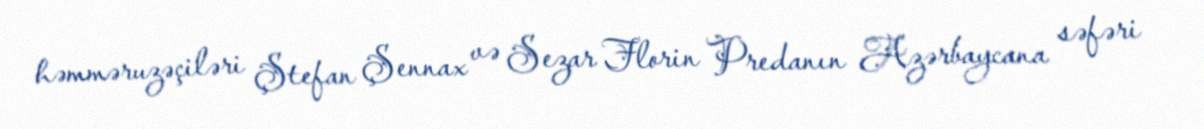
həmməruzəçiləri Ştefan Şennax və Sezar Florin Predanın Azərbaycana səfəri